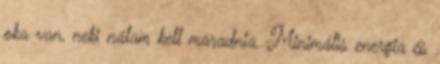
oka van, neki nálam kell maradnia. Minimális energia és